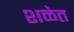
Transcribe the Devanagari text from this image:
शळेत